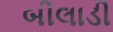
બીલાડી